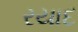
રયાદ